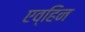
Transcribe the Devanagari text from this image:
एव्हिन